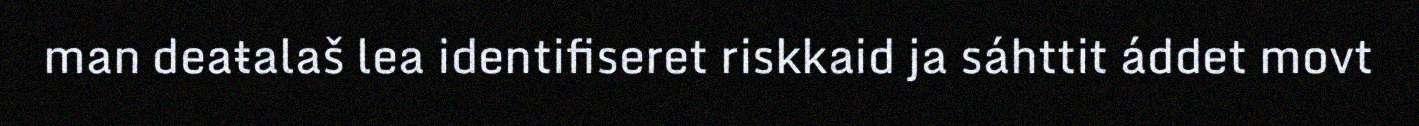
man deaŧalaš lea identifiseret riskkaid ja sáhttit áddet movt